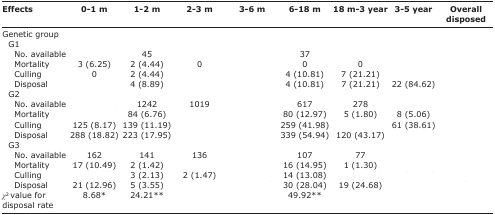
<table><thead><tr><td><b>Effects</b></td><td><b>0-1 m</b></td><td><b>1-2 m</b></td><td><b>2-3 m</b></td><td><b>3-6 m</b></td><td><b>6-18 m</b></td><td><b>18 m-3 year</b></td><td><b>3-5 year</b></td><td><b>Overall disposed</b></td></tr></thead><tbody><tr><td>Genetic group</td><td>[EMPTY_CELL]</td><td>[EMPTY_CELL]</td><td>[EMPTY_CELL]</td><td>[EMPTY_CELL]</td><td>[EMPTY_CELL]</td><td>[EMPTY_CELL]</td><td>[EMPTY_CELL]</td><td>[EMPTY_CELL]</td></tr><tr><td> G1</td><td>[EMPTY_CELL]</td><td>[EMPTY_CELL]</td><td>[EMPTY_CELL]</td><td>[EMPTY_CELL]</td><td>[EMPTY_CELL]</td><td>[EMPTY_CELL]</td><td>[EMPTY_CELL]</td><td>[EMPTY_CELL]</td></tr><tr><td>No. available</td><td>[EMPTY_CELL]</td><td>45</td><td>[EMPTY_CELL]</td><td>[EMPTY_CELL]</td><td>37</td><td>[EMPTY_CELL]</td><td>[EMPTY_CELL]</td><td>[EMPTY_CELL]</td></tr><tr><td>Mortality</td><td>3 (6.25)</td><td>2 (4.44)</td><td>0</td><td>[EMPTY_CELL]</td><td>0</td><td>0</td><td>[EMPTY_CELL]</td><td>[EMPTY_CELL]</td></tr><tr><td>Culling</td><td>0</td><td>2 (4.44)</td><td>[EMPTY_CELL]</td><td>[EMPTY_CELL]</td><td>4 (10.81)</td><td>7 (21.21)</td><td>[EMPTY_CELL]</td><td>[EMPTY_CELL]</td></tr><tr><td>Disposal</td><td>[EMPTY_CELL]</td><td>4 (8.89)</td><td>[EMPTY_CELL]</td><td>[EMPTY_CELL]</td><td>4 (10.81)</td><td>7 (21.21)</td><td>22 (84.62)</td><td>[EMPTY_CELL]</td></tr><tr><td> G2</td><td>[EMPTY_CELL]</td><td>[EMPTY_CELL]</td><td>[EMPTY_CELL]</td><td>[EMPTY_CELL]</td><td>[EMPTY_CELL]</td><td>[EMPTY_CELL]</td><td>[EMPTY_CELL]</td><td>[EMPTY_CELL]</td></tr><tr><td>No. available</td><td>[EMPTY_CELL]</td><td>1242</td><td>1019</td><td>[EMPTY_CELL]</td><td>617</td><td>278</td><td>[EMPTY_CELL]</td><td>[EMPTY_CELL]</td></tr><tr><td>Mortality</td><td>[EMPTY_CELL]</td><td>84 (6.76)</td><td>[EMPTY_CELL]</td><td>[EMPTY_CELL]</td><td>80 (12.97)</td><td>5 (1.80)</td><td>8 (5.06)</td><td>[EMPTY_CELL]</td></tr><tr><td>Culling</td><td>125 (8.17)</td><td>139 (11.19)</td><td>[EMPTY_CELL]</td><td>[EMPTY_CELL]</td><td>259 (41.98)</td><td>[EMPTY_CELL]</td><td>61 (38.61)</td><td>[EMPTY_CELL]</td></tr><tr><td>Disposal</td><td>288 (18.82)</td><td>223 (17.95)</td><td>[EMPTY_CELL]</td><td>[EMPTY_CELL]</td><td>339 (54.94)</td><td>120 (43.17)</td><td>[EMPTY_CELL]</td><td>[EMPTY_CELL]</td></tr><tr><td> G3</td><td>[EMPTY_CELL]</td><td>[EMPTY_CELL]</td><td>[EMPTY_CELL]</td><td>[EMPTY_CELL]</td><td>[EMPTY_CELL]</td><td>[EMPTY_CELL]</td><td>[EMPTY_CELL]</td><td>[EMPTY_CELL]</td></tr><tr><td>No. available</td><td>162</td><td>141</td><td>136</td><td>[EMPTY_CELL]</td><td>107</td><td>77</td><td>[EMPTY_CELL]</td><td>[EMPTY_CELL]</td></tr><tr><td>Mortality</td><td>17 (10.49)</td><td>2 (1.42)</td><td>[EMPTY_CELL]</td><td>[EMPTY_CELL]</td><td>16 (14.95)</td><td>1 (1.30)</td><td>[EMPTY_CELL]</td><td>[EMPTY_CELL]</td></tr><tr><td>Culling</td><td>[EMPTY_CELL]</td><td>3 (2.13)</td><td>2 (1.47)</td><td>[EMPTY_CELL]</td><td>14 (13.08)</td><td>[EMPTY_CELL]</td><td>[EMPTY_CELL]</td><td>[EMPTY_CELL]</td></tr><tr><td>Disposal</td><td>21 (12.96)</td><td>5 (3.55)</td><td>[EMPTY_CELL]</td><td>[EMPTY_CELL]</td><td>30 (28.04)</td><td>19 (24.68)</td><td>[EMPTY_CELL]</td><td>[EMPTY_CELL]</td></tr><tr><td><i>χ</i><sup>2</sup> value for disposal rate</td><td>8.68*</td><td>24.21**</td><td>[EMPTY_CELL]</td><td>[EMPTY_CELL]</td><td>49.92**</td><td>[EMPTY_CELL]</td><td>[EMPTY_CELL]</td><td>[EMPTY_CELL]</td></tr></tbody></table>